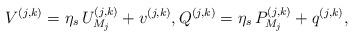
LaTeX: \begin{align*} V^{(j,k)} = \eta_s \, U_{M_j}^{(j,k)} + v^{(j,k)}, Q^{(j,k)} = \eta_s \, P_{M_j}^{(j,k)} + q^{(j,k)},\end{align*}